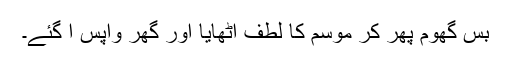
بس گھوم پھر کر موسم کا لطف اٹھایا اور گھر واپس آ گئے۔